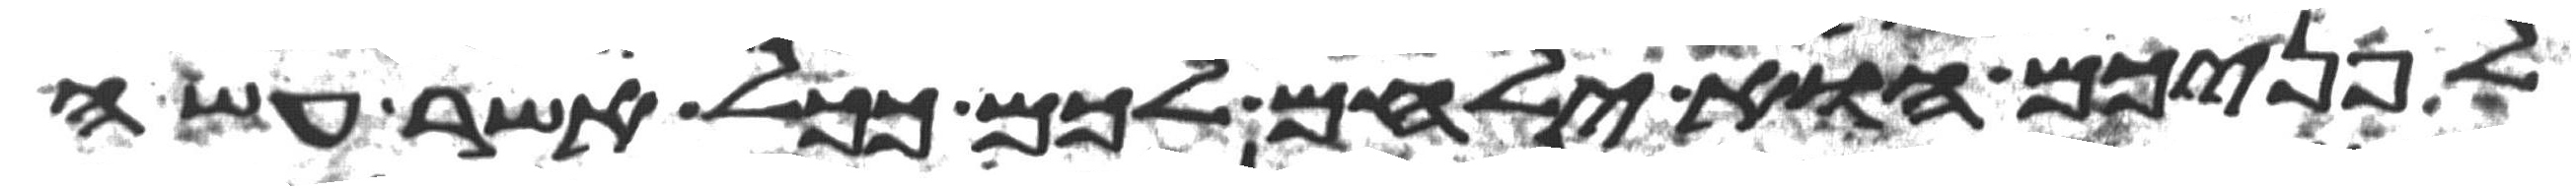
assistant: לפניכם הוא ילחם לכם ככל אשר עשה